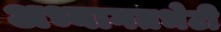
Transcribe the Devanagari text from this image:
अभ्यागतभेटी